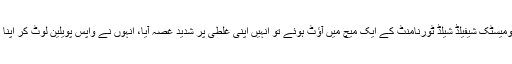
آسٹریلوی کرکٹ ٹیم کے اہم رکن مچل مارش ڈومیسٹک شیفیلڈ شیلڈ ٹورنامنٹ کے ایک میچ میں آؤٹ ہوئے تو انہیں اپنی غلطی پر شدید غصہ آیا، انہوں نے واپس پویلین لوٹ کر اپنا غصہ نکالنے کی خاطر دیوار پر مکا دے مارا۔